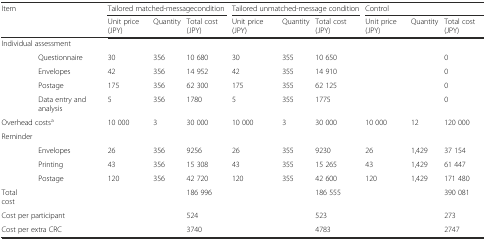
<table><thead><tr><td rowspan="2" colspan="2"><b>Item</b></td><td colspan="3"><b>Tailored matched-messagecondition</b></td><td colspan="3"><b>Tailored unmatched-message condition</b></td><td colspan="3"><b>Control</b></td></tr><tr><td><b>Unit price (JPY)</b></td><td><b>Quantity</b></td><td><b>Total cost (JPY)</b></td><td><b>Unit price (JPY)</b></td><td><b>Quantity</b></td><td><b>Total cost (JPY)</b></td><td><b>Unit price (JPY)</b></td><td><b>Quantity</b></td><td><b>Total cost (JPY)</b></td></tr></thead><tbody><tr><td colspan="2">Individual assessment</td><td></td><td></td><td></td><td></td><td></td><td></td><td></td><td></td><td></td></tr><tr><td></td><td>Questionnaire</td><td>30</td><td>356</td><td>10 680</td><td>30</td><td>355</td><td>10 650</td><td></td><td></td><td>0</td></tr><tr><td></td><td>Envelopes</td><td>42</td><td>356</td><td>14 952</td><td>42</td><td>355</td><td>14 910</td><td></td><td></td><td>0</td></tr><tr><td></td><td>Postage</td><td>175</td><td>356</td><td>62 300</td><td>175</td><td>355</td><td>62 125</td><td></td><td></td><td>0</td></tr><tr><td></td><td>Data entry and analysis</td><td>5</td><td>356</td><td>1780</td><td>5</td><td>355</td><td>1775</td><td></td><td></td><td>0</td></tr><tr><td colspan="2">Overhead costs<sup>a</sup></td><td>10 000</td><td>3</td><td>30 000</td><td>10 000</td><td>3</td><td>30 000</td><td>10 000</td><td>12</td><td>120 000</td></tr><tr><td>Reminder</td><td></td><td></td><td></td><td></td><td></td><td></td><td></td><td></td><td></td><td></td></tr><tr><td></td><td>Envelopes</td><td>26</td><td>356</td><td>9256</td><td>26</td><td>355</td><td>9230</td><td>26</td><td>1,429</td><td>37 154</td></tr><tr><td></td><td>Printing</td><td>43</td><td>356</td><td>15 308</td><td>43</td><td>355</td><td>15 265</td><td>43</td><td>1,429</td><td>61 447</td></tr><tr><td></td><td>Postage</td><td>120</td><td>356</td><td>42 720</td><td>120</td><td>355</td><td>42 600</td><td>120</td><td>1,429</td><td>171 480</td></tr><tr><td>Total cost</td><td></td><td></td><td></td><td>186 996</td><td></td><td></td><td>186 555</td><td></td><td></td><td>390 081</td></tr><tr><td colspan="2">Cost per participant</td><td></td><td></td><td>524</td><td></td><td></td><td>523</td><td></td><td></td><td>273</td></tr><tr><td colspan="2">Cost per extra CRC</td><td></td><td></td><td>3740</td><td></td><td></td><td>4783</td><td></td><td></td><td>2747</td></tr></tbody></table>